King Institute of Preventive Medicine Micro-Biological Section reports 1912-19
Year: 1912
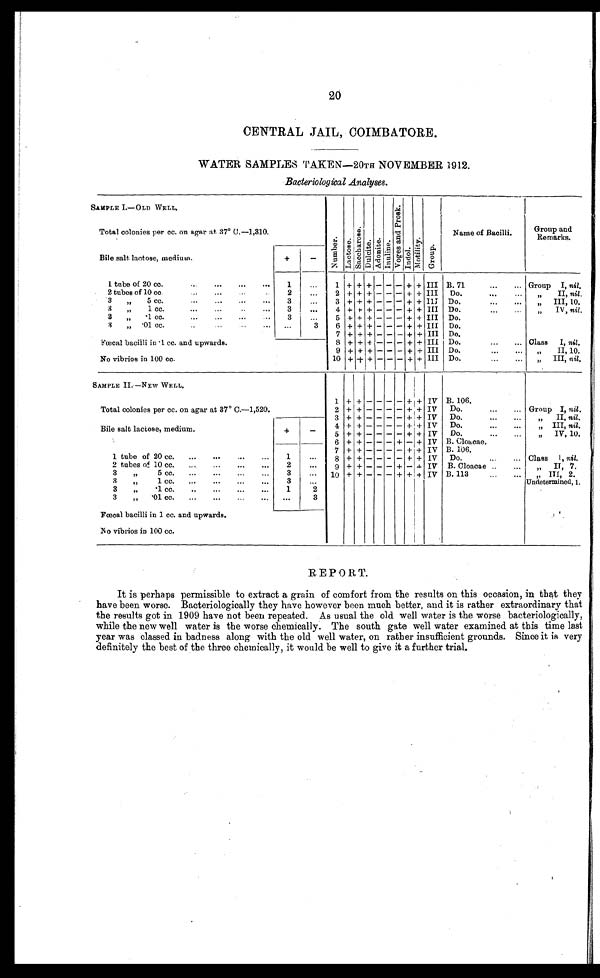
20
CENTRAL JAIL, COIMBATORE.
WATER SAMPLES TAKEN—20TH NOVEMBER 1912.
Bacteriological Analyses.
SAMPLE I.—OLD WELL.
N u m b e r .
L a c t o s e . S a c c h a r o s e .
D u l c i t e .
A d o n i t e .
I n u l i n e .
V o g e s a n d P r o s k .
I n d o l .
Mo t i l i t y .
G r o u p .
Name of Bacilli.
Group and
Remarks.
Total colonies per cc. on agar at. 37° U.—1,310.
Bile salt lactose, medium.
+
-
I tube of 20 cc. . . .
1 . . .
1 + + + - - - + + III B. 71 . . .
Group I, nil.
2 tubes of 10 cc. . . .
2
. . .
2 + + + - - - + + III
Do. . . .
" I I ,
n i l .
3
„
5 cc. . . .
3
. . .
3
+ + + - - - +
+
III Do. . . .
" I I I , 1 0 .
3
„
1 cc. . . .
3
. . .
4 + + . + - - - + + III Do. . . .
" I V ,
n i l .
3
„
.1 cc. . . .
3
. . .
5
+ + + - - - +
+
III Do.
3
„ .01 cc. . . .
. . .
3
6
+ + +
- - - + + III Do.
III
7
+ + + - - - +
+
Do.
Fœcal bacilli in .1 cc. and upwards.
S + + +
- - - + + III Do. . . .
Class
I, nil.
9
+ + + - - - +
III Do. . . .
+
II, 10.
No vibrios in 100 cc.
10 + + +
- - - + + III Do. . . .
" I I I ,n
i l .
SAMPLE II. —NEW WELL.
Total colonies per cc. on agar at 37° C.—1,520.
1 + +
- - - +-
+
+
IV B. 106.
Group I, nil.
-
+
IV
Do. . . .
2 + +
- - -
+
D o . . . .
" I I ,
n i l .
B ile salt lactose, medium
+
-
3 + + -- - - -
-
+
+
IV
-
4 + +
-
Do. . . .
„ III, nil.
5
+ + - - - -
+
+
IV
Do. . . .
„
IV, 10.
+
- + - + IV B. Cloacae.
6
+ - -
1 tube of 20 cc. . . .
1
. . .
7
+ + - - - -
+
+
IV B.106.
IV
8
- - + +
Do. . . . Class I, nil.
+ +
- -
2 tubes of 10 cc. . . .
2
. . .
9 + +
- - - + - + IV B. Cloacae . . .
„
IT, 7.
3
" 5 cc. . . .
3
. . . 10 + +
- -
- + + + IV B. 113 . . .
" I T I ,
2 .
31 cc.
. . .
3
. . .
Undetermined, 1.
3
„
.1 cc. . . .
1
2
3
„
. 0 1 c c . . . .
. . .
3
Fœcal bacilli in 1 cc. and upwards.
No vibrios in 100 cc.
REPORT.
It is perhaps permissible to extract a grain of comfort from the results on this occasion, in that they
have been worse. Bacteriologically they have however been much better, and it is rather extraordinary that
the results got in 1909 have not been repeated. As usual the old well water is the worse bacteriologically,
while the new well water is the worse chemically. The south gate well water examined at this time last
year was classed in badness along with the old well water, on rather insufficient grounds. Since it is very
definitely the best of the three chemically, it would be well to give it a further trial.